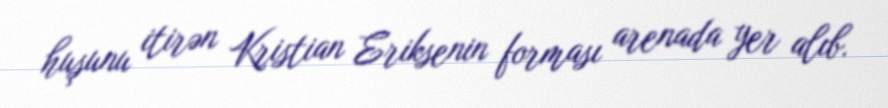
huşunu itirən Kristian Eriksenin forması arenada yer alıb.